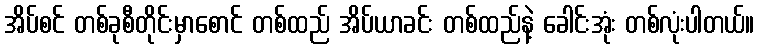
အိပ်စင် တစ်ခုစီတိုင်းမှာစောင် တစ်ထည် အိပ်ယာခင်း တစ်ထည်နဲ့ ခေါင်းအုံး တစ်လုံးပါတယ်။